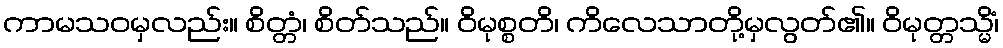
ကာမသဝမှလည်း။ စိတ္တံ၊ စိတ်သည်။ ဝိမုစ္စတိ၊ ကိလေသာတို့မှလွတ်၏။ ဝိမုတ္တသ္မိံ၊